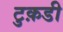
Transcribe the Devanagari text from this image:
टुक़डी